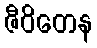
ဇီဝိတေန